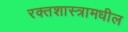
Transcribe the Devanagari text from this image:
रक्तशास्त्रामधील